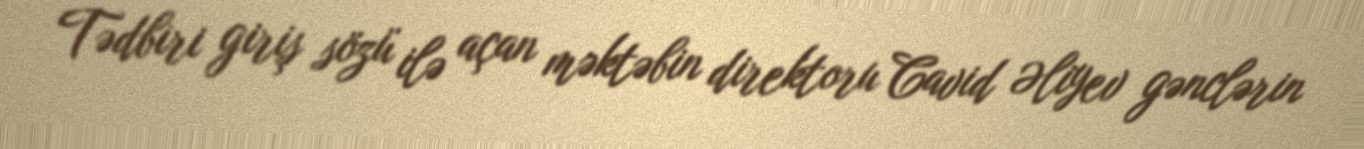
Tədbiri giriş sözü ilə açan məktəbin direktoru Cavid Əliyev gənclərin